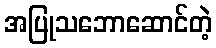
အပြုသဘောဆောင်တဲ့